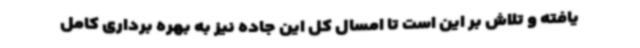
یافته و تلاش بر این است تا امسال کل این جاده نیز به بهره برداری کامل